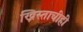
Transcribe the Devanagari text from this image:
ख्रिस्ताचीही